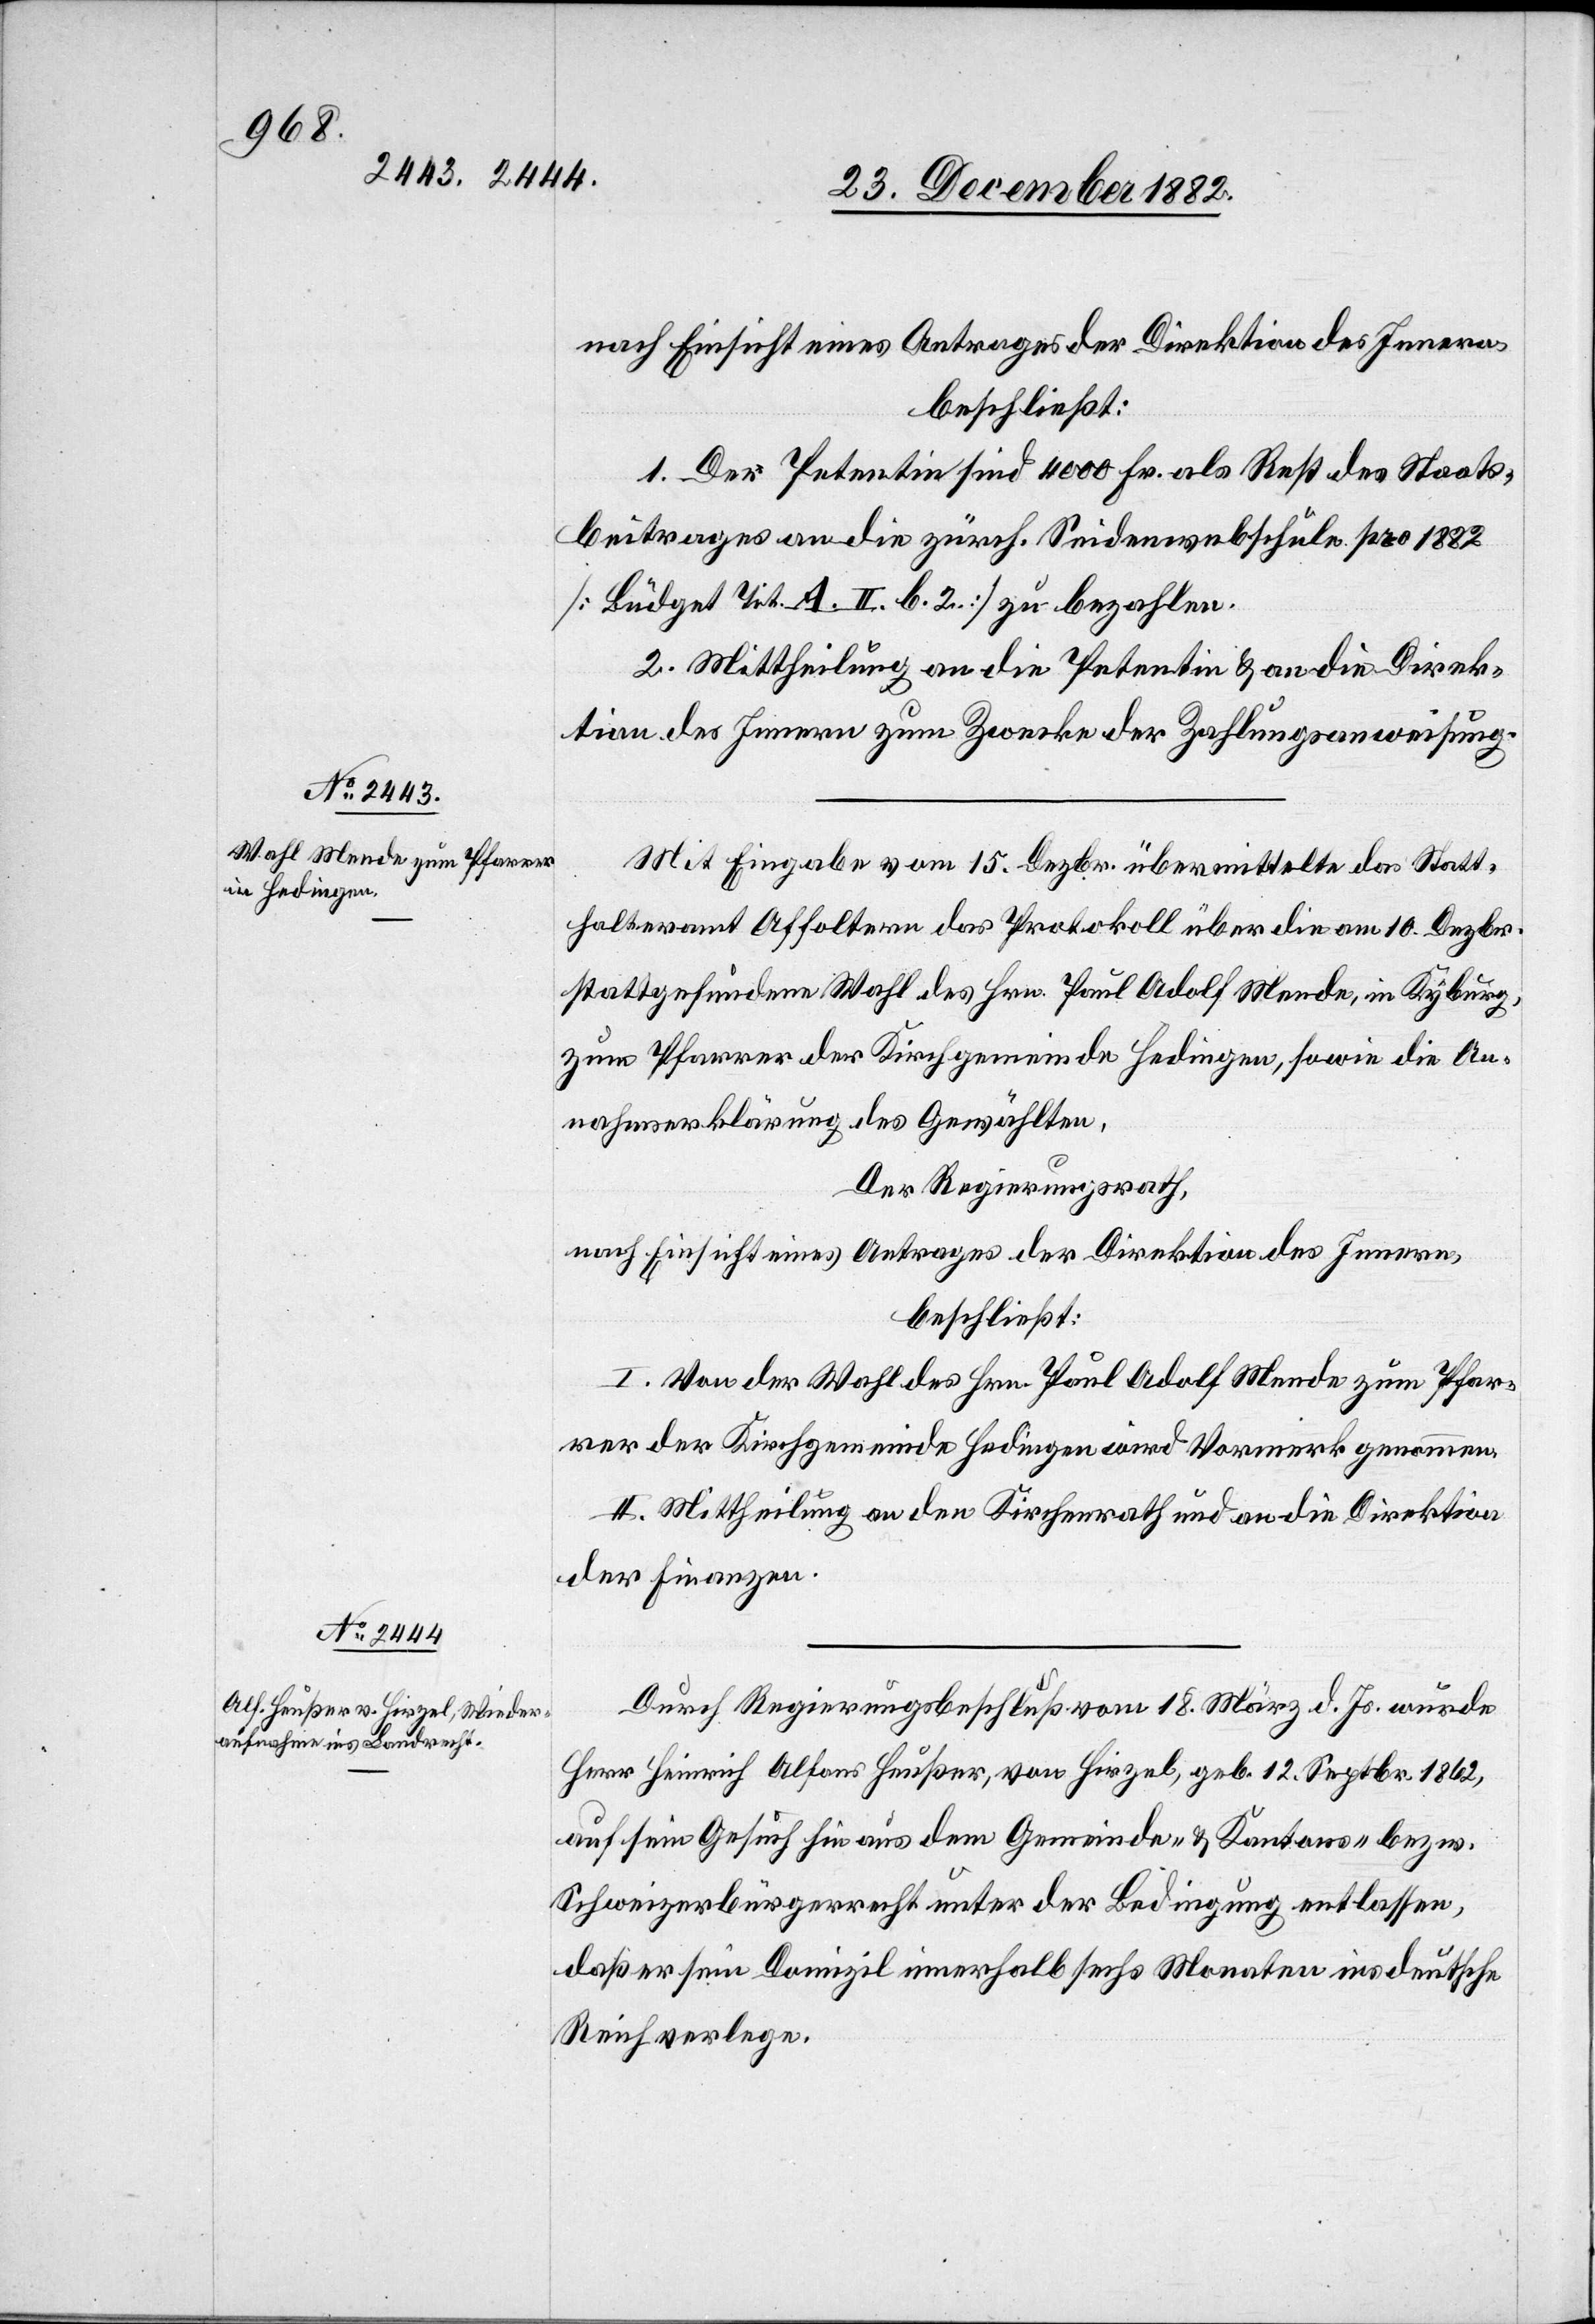
1. Der Petentin sind 4000 Fr. als Rest des Staats¬
beitrages an die zürch. Seidenwebschule pro 1882
[Büdget Tit. A. II. b. 2] zu bezahlen.
2. Mittheilung an die Petentin & an die Direk¬
tion des Innern zum Zwecke der Zahlungsanweisung.
Mit Eingabe vom 15. Dezbr. übermittelte das Statt¬
halteramt Affoltern das Protokoll über die am 10. Dezbr.
stattgefundene Wahl des Hrn. Paul Adolf Mende, in Kyburg,
zum Pfarrer der Kirchgemeinde Hedingen, sowie die An¬
nahmserklärung des Gewählten.
Der Regierungsrath,
nach Einsicht eines Antrages der Direktion des Innern,
beschließt:
I. Von der Wahl des Hrn. Paul Adolf Mende zum Pfar¬
rer der Kirchgemeinde Hedingen wird Vormerk genommen.
II. Mittheilung an den Kirchenrath und an die Direktion
der Finanzen.
Durch Regierungsbeschluß vom 18. März d. Js. wurde
Herr Heinrich Alfons Heußer, von Hirzel, geb. 12. Septbr. 1862,
auf sein Gesuch hin aus dem Gemeinde- & Kantons- bezw.
Schweizerbürgerrecht unter der Bedingung entlassen,
daß er sein Domizil innerhalb sechs Monaten ins deutsche
Reich verlege.